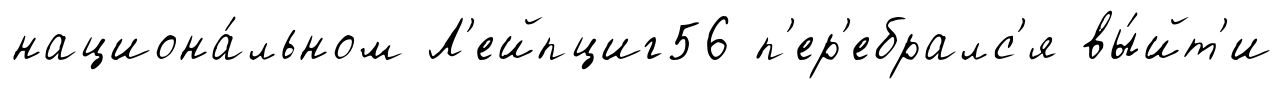
национа́льном Л'ейпциг56 п'ер'ебралс'я вы́йт'и